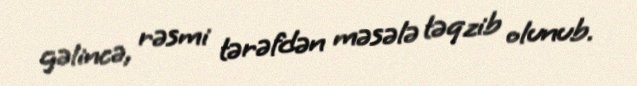
gəlincə, rəsmi tərəfdən məsələ təqzib olunub.